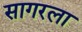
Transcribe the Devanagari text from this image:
सागरला